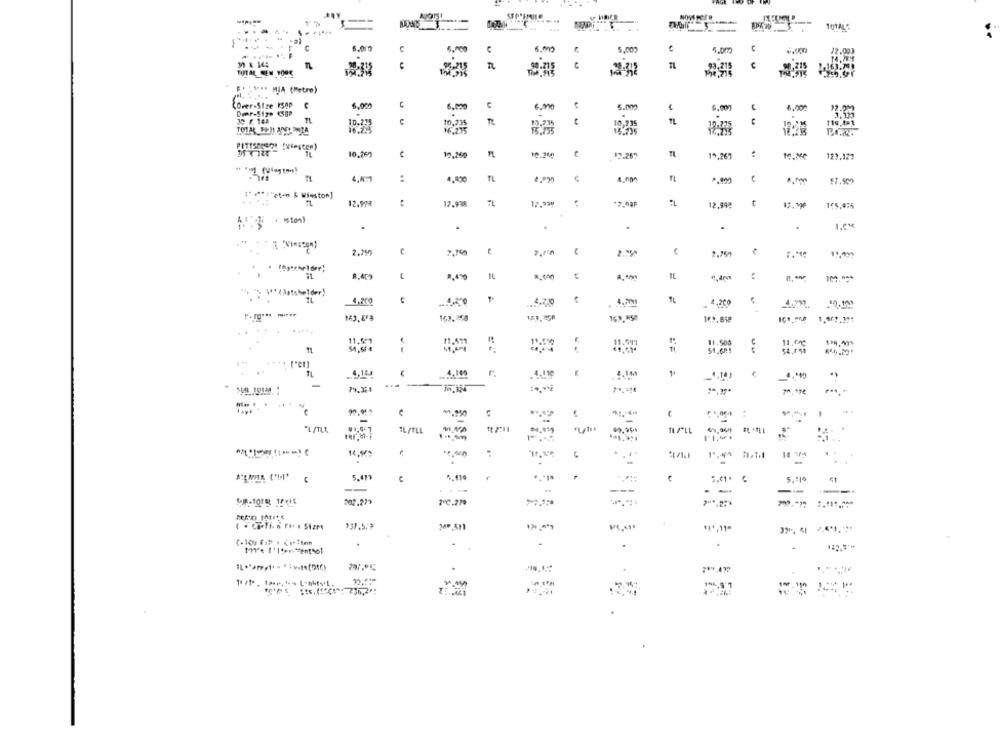
....
5.012
5.000
43
9.000
12.00)
93.215
TOTAL SEM YORK
14,215
1 MIA (Petro)
Over-Size KSAD
6,000
6.000
5.000
12.0M2
Drer-Size 4SBP
6.001
6.000
3,333
30 / 140
10,735
FL
18-2
TOTAL DEMI AND SMITA
165.235
10.269
12.260
10.210
19.25"
19.267
10.360
123.122
:
FL
17 ⑈ ** "ct-n & Winston]
12.99%
12.938
12,992
155,075
.
.
C
IL
R. AM
",": """(Motshelder)
4,2cg
70
. 4.200
163.758
163.150
169.858
11.500
11.enc
.
4.130
-
-
-
-
"1 /TL
IL/TLL
=
IL ** LE
....
14 1%
5.471
..
5.119
- -
102.279
( # Carfin Fi- . Sizes
--
**, 11-
.
27.015